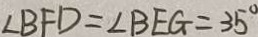
\angle B F D = \angle B E G = 3 5 ^ { \circ }